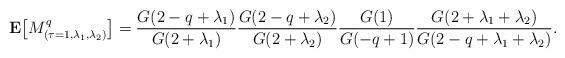
LaTeX: \begin{align*}{\bf E}\bigl[M_{(\tau=1,\lambda_1,\lambda_2)}^q\bigr] = \frac{G(2-q+\lambda_1)}{G(2+\lambda_1)}\frac{G(2-q+\lambda_2)}{G(2+\lambda_2)} \frac{G(1)}{G(-q+1)}\frac{G(2+\lambda_1+\lambda_2)}{G(2-q+\lambda_1+\lambda_2)}. \end{align*}